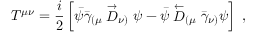
T ^ { \mu \nu } = { \frac { i } { 2 } } \left[ \bar { \psi } \bar { \gamma } _ { ( \mu } \stackrel { \rightarrow } { D } _ { \nu ) } \psi - \bar { \psi } \stackrel { \leftarrow } { D } _ { ( \mu } \bar { \gamma } _ { \nu ) } \psi \right] ~ ,